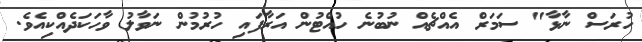
ހުރަސް ނާޅާ" ސަމަރް އެއްޗެއް ނުބުނެ ހުއްޓުން އަރާފައި ހުރުމުން ނަވާލު ވާހަކަދެއްކިއެވެ.